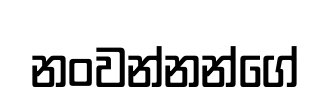
නංවන්නන්ගේ